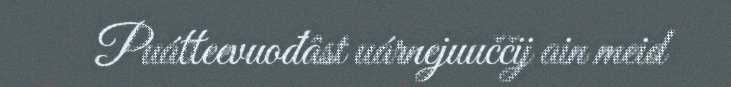
Puátteevuođâst uárnejuuččij ain meid